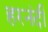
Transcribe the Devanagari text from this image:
हरनंदी